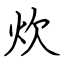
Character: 炊